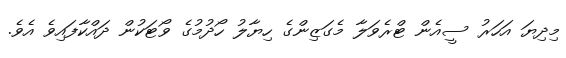
މިދިޔަ އަހަރު ސީއެން ޓްރެވަލާ މެގަޒިންގެ ހިޔާލު ހޯދުމުގެ ވޯޓަކުން ދައްކާފައިވެ އެވެ.